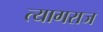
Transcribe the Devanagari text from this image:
त्‍यागराज